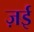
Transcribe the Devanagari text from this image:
ज़ई